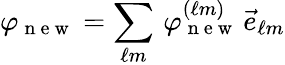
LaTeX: \varphi_{\mathrm{~n~e~w~}}=\sum_{\ell m}\, \varphi_{\mathrm{~n~e~w~}}^{(\ell m)}\, \vec{e}_{\ell m}